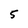
Character: 5